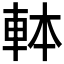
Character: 𰹍